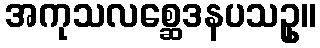
အကုသလစ္ဆေဒနပသဥှ။